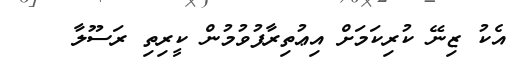
އެކު ޒިނޭ ކުރިކަމަށް އިޢުތިރާފުވުމުން ކީރިތި ރަސޫލާ